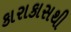
કારાકાસથી